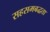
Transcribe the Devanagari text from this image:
सहसमबद्धता